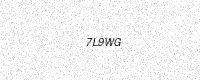
Text: 7L9WG